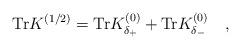
LaTeX: \begin{align*}\mbox{Tr}K^{(1/2)}=\mbox{Tr}K^{(0)}_{\delta_+}+\mbox{Tr}K^{(0)}_{\delta_-}~~~,\end{align*}